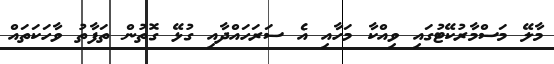
މާލޭ މަސްމާރުކޭޓުގައި ވިއްކާ މަހާއި އެ ސަރަހައްދާއި ގުޅޭ ގޮތުން ތަފާތު ވާހަކަތައް